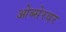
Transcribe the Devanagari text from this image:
ओब्सेरवर